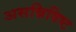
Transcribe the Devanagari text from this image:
असन्निविष्ट